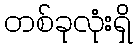
တစ်ခုလုံးရှိ